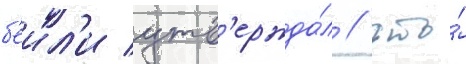
б'еил'и утв'ержда́л / что́